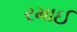
રમાઈ